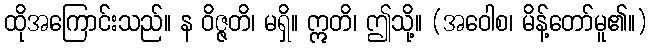
ထိုအကြောင်းသည်။ န ဝိဇ္ဇတိ၊ မရှိ။ ဣတိ၊ ဤသို့။ (အဝေါစ၊ မိန့်တော်မူ၏။)